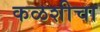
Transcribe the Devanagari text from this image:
कळशीचा